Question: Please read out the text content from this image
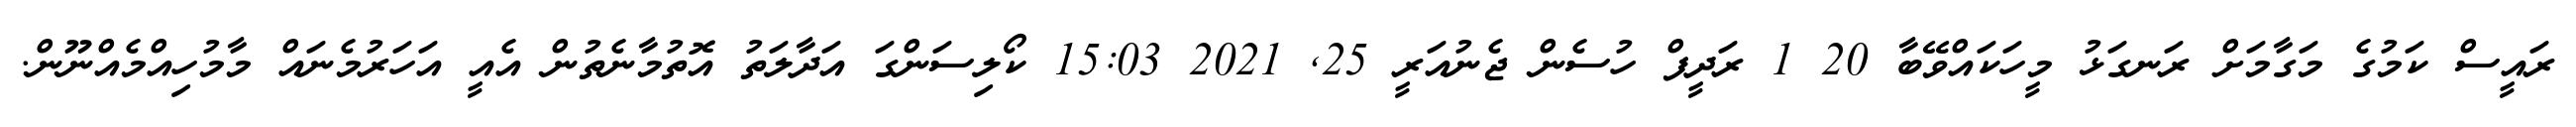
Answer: ރައީސް ކަމުގެ މަގާމަށް ރަނގަޅު މީހަކައްވޭބާ 20 1 ރަދީފް ހުސެން ޖެނުއަރީ 25, 2021 15:03 ކޯލިސަންގަ އަދާލަތު އޮތުމާނެތުން އެއީ އަހަރުމެނައް މާމުހިއްމެއްނޫން.